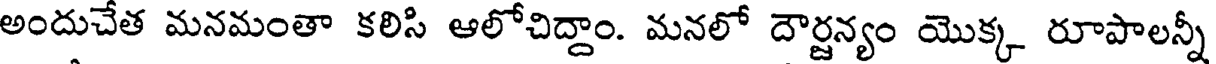
అందుచేత మనమంతా కలిసి ఆలోచిద్దాం. మనలో దౌర్జన్యం యొక్క రూపాలన్నీ